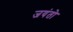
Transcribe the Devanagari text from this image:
जयंतो